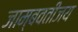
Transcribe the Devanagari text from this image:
जाम्बवतीजय